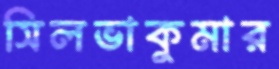
সিলভাকুমার